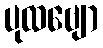
ပုထဗျော